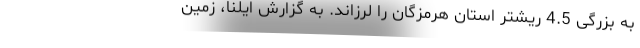
به بزرگی 4.5 ریشتر استان هرمزگان را لرزاند. به گزارش ایلنا، زمین‌